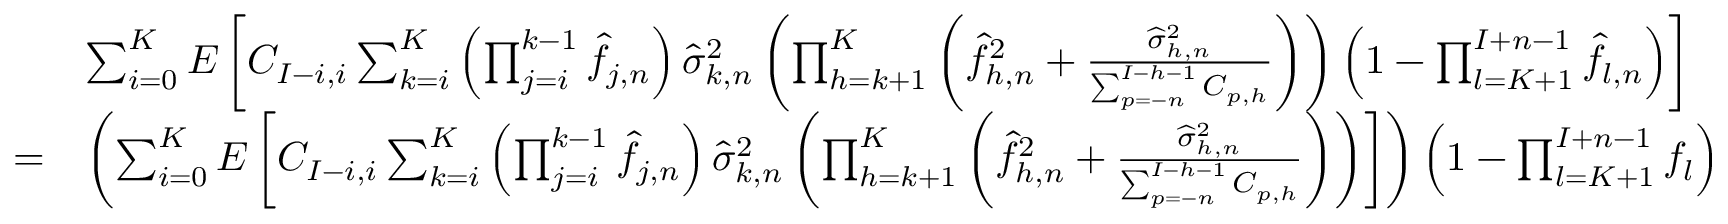
\begin{array} { r l } & { \sum _ { i = 0 } ^ { K } E \left[ C _ { I - i , i } \sum _ { k = i } ^ { K } \left( \prod _ { j = i } ^ { k - 1 } \widehat { f } _ { j , n } \right) \widehat \sigma _ { k , n } ^ { 2 } \left( \prod _ { h = k + 1 } ^ { K } \left( \widehat { f } _ { h , n } ^ { 2 } + \frac { \widehat \sigma _ { h , n } ^ { 2 } } { \sum _ { p = - n } ^ { I - h - 1 } C _ { p , h } } \right) \right) \left( 1 - \prod _ { l = K + 1 } ^ { I + n - 1 } \widehat { f } _ { l , n } \right) \right] } \\ { = } & { \left( \sum _ { i = 0 } ^ { K } E \left[ C _ { I - i , i } \sum _ { k = i } ^ { K } \left( \prod _ { j = i } ^ { k - 1 } \widehat { f } _ { j , n } \right) \widehat \sigma _ { k , n } ^ { 2 } \left( \prod _ { h = k + 1 } ^ { K } \left( \widehat { f } _ { h , n } ^ { 2 } + \frac { \widehat \sigma _ { h , n } ^ { 2 } } { \sum _ { p = - n } ^ { I - h - 1 } C _ { p , h } } \right) \right) \right] \right) \left( 1 - \prod _ { l = K + 1 } ^ { I + n - 1 } f _ { l } \right) } \end{array}